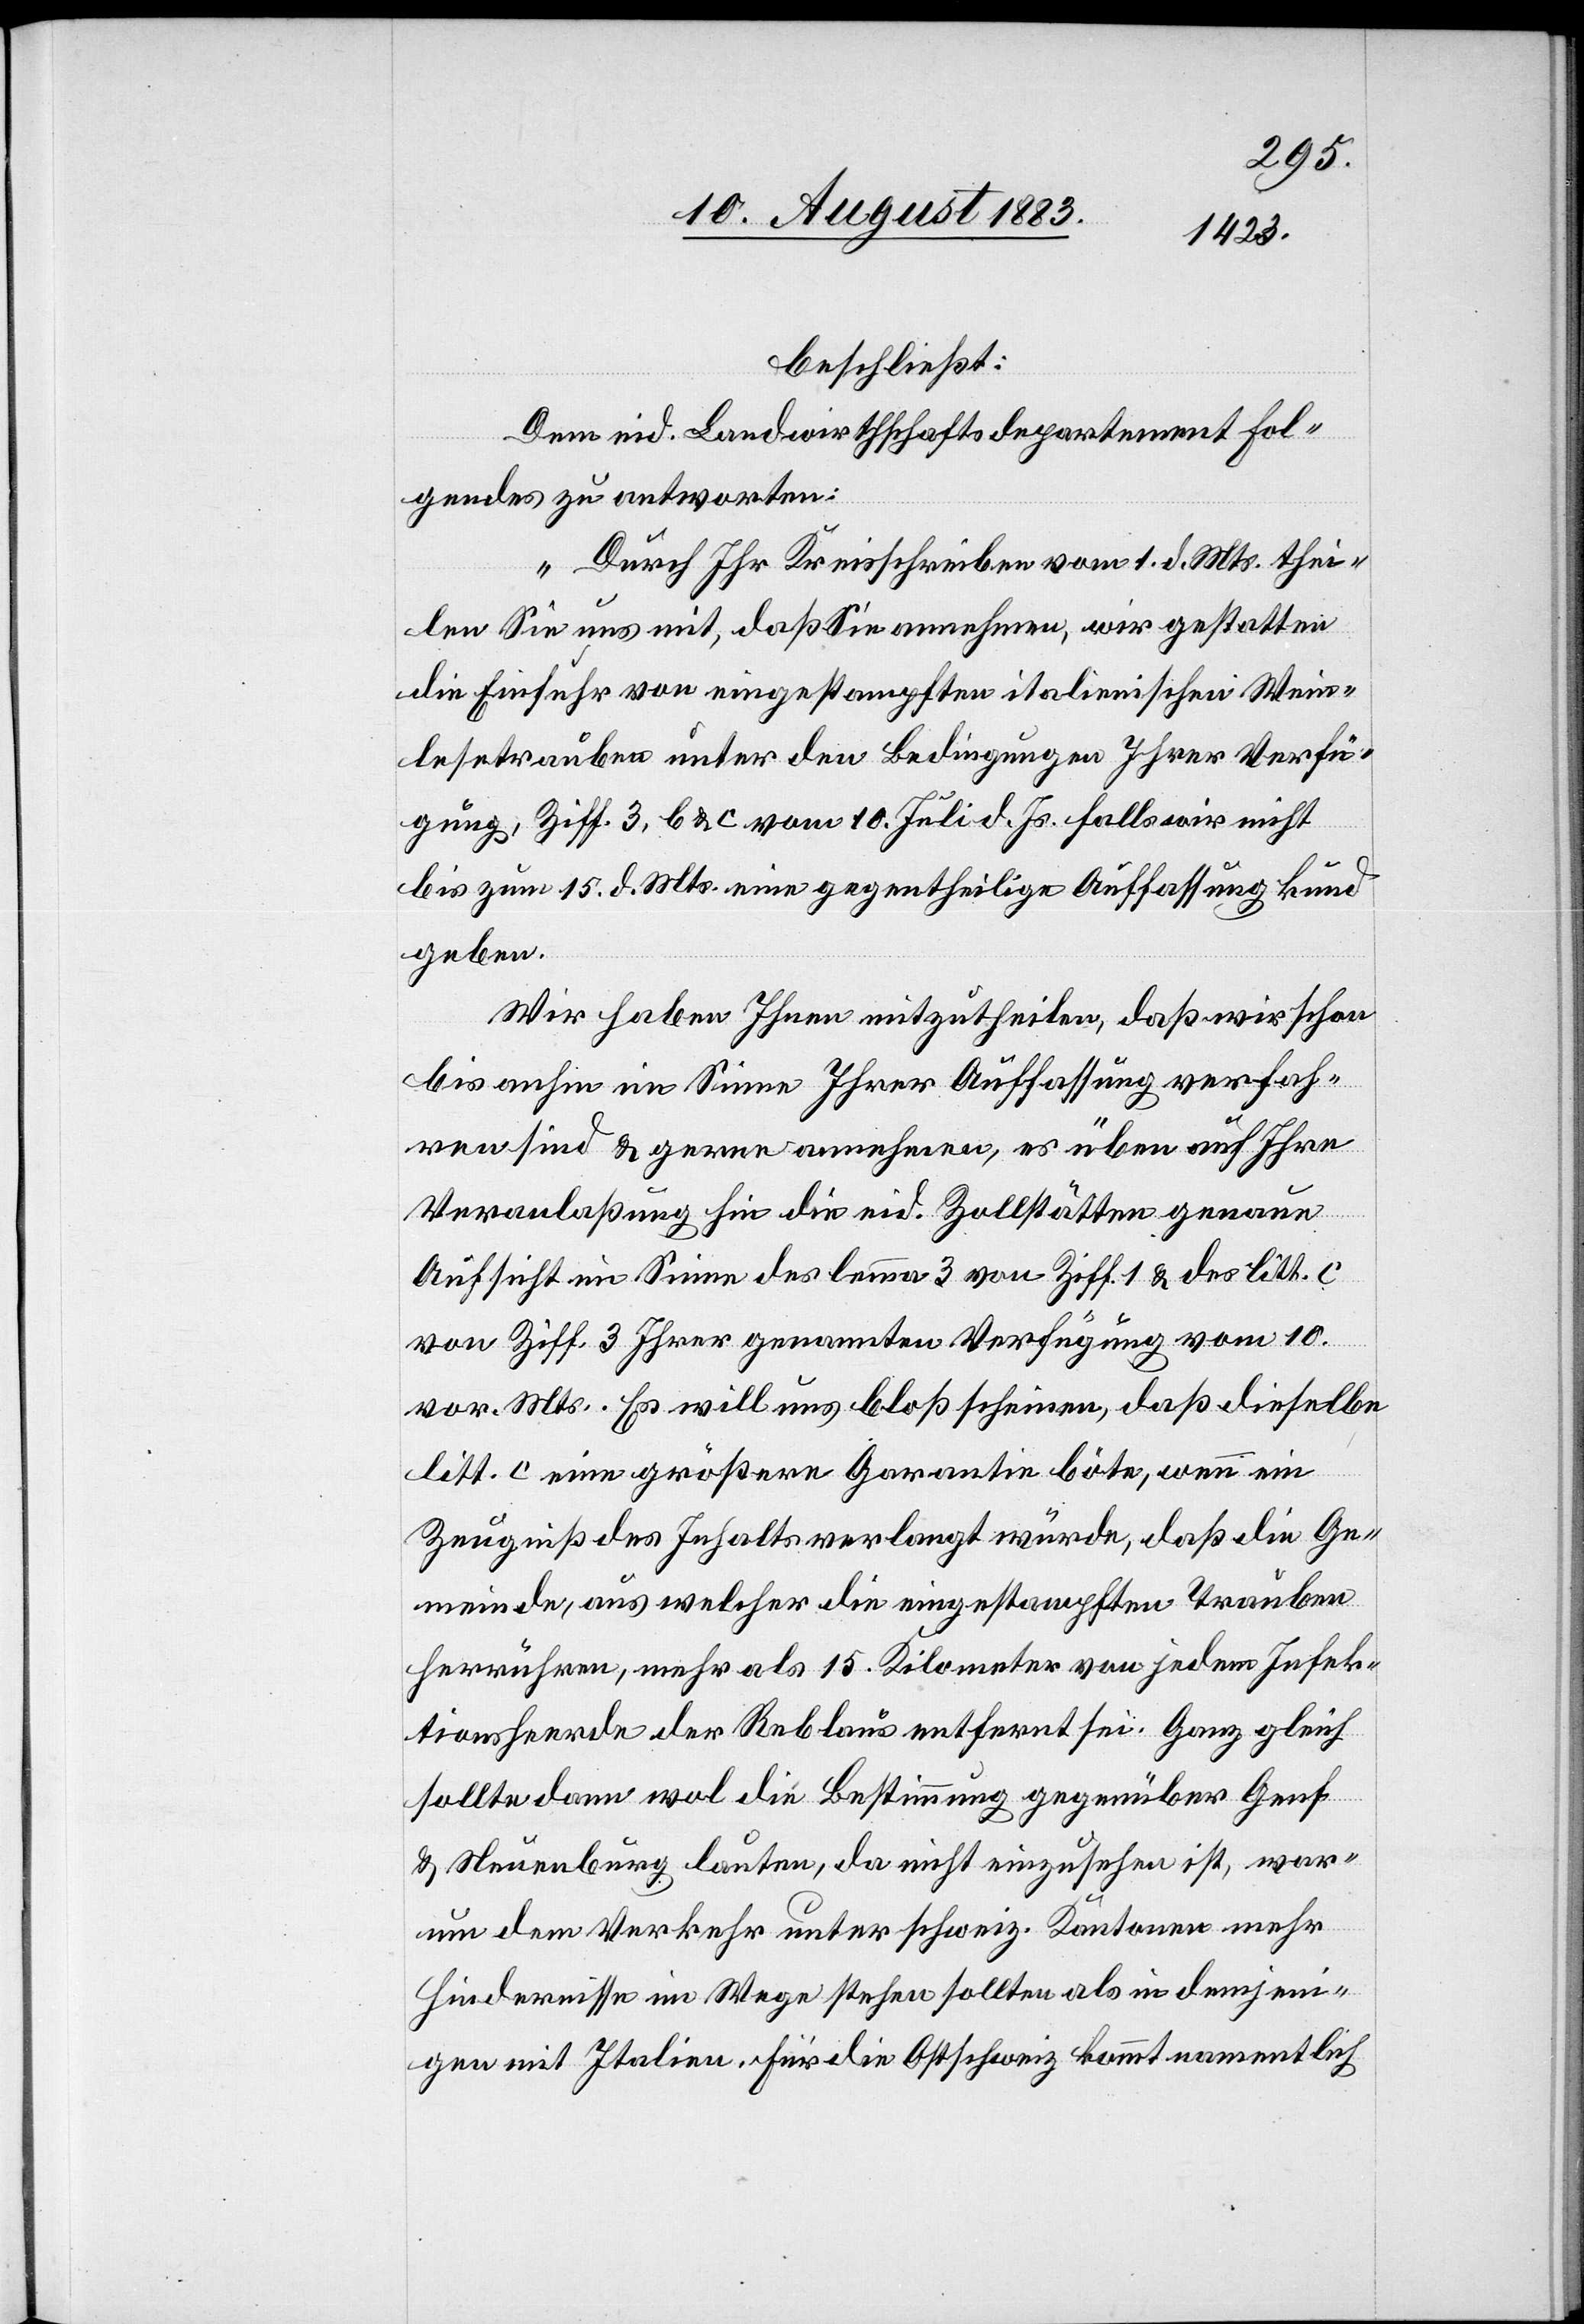
beschließt:
Dem eid. Landwirthschaftsdepartement Fol¬
gendes zu antworten:
„Durch Ihr Kreisschreiben vom 1. d. Mts. thei¬
len Sie uns mit, daß Sie annehmen, wir gestatten
die Einfuhr von eingestampften italienischen Wein¬
lesetrauben unter den Bedingungen Ihrer Verfü¬
gung, Ziff. 3, b & c vom 10. Juli d. Js. falls wir nicht
bis zum 15. d. Mts. eine gegentheilige Auffassung kund
geben.
Wir haben Ihnen mitzutheilen, daß wir schon
bis anhin im Sinne Ihrer Auffassung verfah¬
ren sind & gerne annehmen, es üben auf Ihre
Veranlaßung hin die eid. Zollstätten genaue
Aufsicht im Sinne des lemma 3 von Ziff. 1 & des litt. c
von Ziff. 3 Ihrer genannten Verfügung vom 10.
vor. Mts. Es will uns bloß scheinen, daß dieselbe
litt. c eine größere Garantie böte, wenn ein
Zeugniß des Inhalts verlangt würde, daß die Ge¬
meinde, aus welcher die eingestampften Trauben
herrühren, mehr als 15 Kilometer von jedem Infek¬
tionsherde der Reblaus entfernt sei. Ganz gleich
sollte dann wol die Bestimmung gegenüber Genf
& Neuenburg lauten, da nicht einzusehen ist, war¬
um dem Verkehr unter schweiz. Kantonen mehr
Hindernisse im Wege stehen sollten als in demjeni¬
gen mit [sic!] Italien. Für die Ostschweiz kommt namentlich